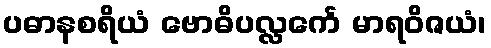
ပဓာနစရိယံ ဗောဓိပလ္လင်္ကေ မာရဝိဇယံ၊